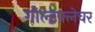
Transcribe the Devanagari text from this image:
गोल्डफ्लेचर